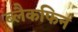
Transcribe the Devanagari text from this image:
ब्लैकफिन